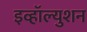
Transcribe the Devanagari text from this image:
इव्हॉल्युशन